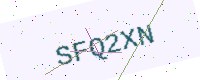
Text: SFQ2XN